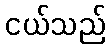
ငယ်သည်